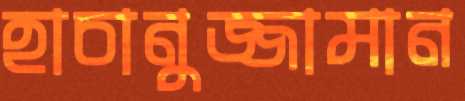
হাচানুজ্জামান